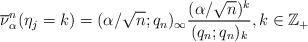
LaTeX: \begin{align*}\overline{ \nu }^n_\alpha (\eta_j = k ) = ( \alpha/\sqrt{n} ;q_n)_\infty \frac{ (\alpha/\sqrt{n} )^k }{ (q_n ; q_n)_k } , k \in \mathbb{Z}_+ \end{align*}